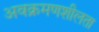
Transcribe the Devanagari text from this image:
अवक्रमणशीलता